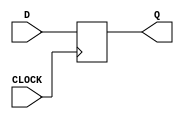
`timescale 1ns / 1ps
//////////////////////////////////////////////////////////////////////////////////
// Company: 
// Engineer: 
// 
// Design Name: 
// Module Name: my_dff
// Project Name: 
// Target Devices: 
// Tool Versions: 
// Description: 
// 
// Dependencies: 
// 
// Revision:
// Revision 0.01 - File Created
// Additional Comments:
// 
//////////////////////////////////////////////////////////////////////////////////


module my_dff(input CLOCK, D, output reg Q = 0);
    
    always @ (posedge CLOCK) begin
        Q <= D;
    end
    
endmodule